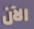
الآن